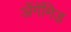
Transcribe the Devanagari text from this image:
ॲगॅमिड